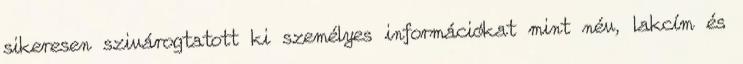
sikeresen szivárogtatott ki személyes információkat mint név, lakcím és